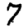
Digit: 7